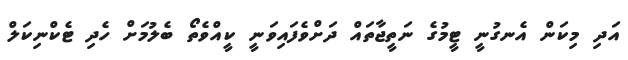
އަދި މިކަން އެނގުނީ ޓީމުގެ ނަތީޖާތައް ދަށްވެފައިވަނީ ކީއްވެތޯ ބެލުމަށް ހެދި ޓެކްނިކަލް